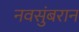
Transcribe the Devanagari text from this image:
नवसुंबरान